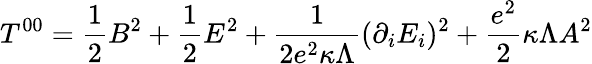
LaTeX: T^{00}=\frac{1}{2}B^{2}+\frac{1}{2}E^{2}+\frac{1}{2e^{2}\kappa\Lambda}(\partial_{i}E_{i})^{2}+\frac{e^{2}}{2}\kappa\Lambda A^{2}